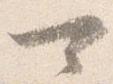
可